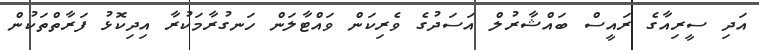
އަދި ސީރިއާގެ ރައީސް ބައްޝާރުލް އަސަދުގެ ވެރިކަން ވައްޓާލަން ހަނގުރާމަކުރާ އިދިކޮޅު ފަރާތްތަކުން